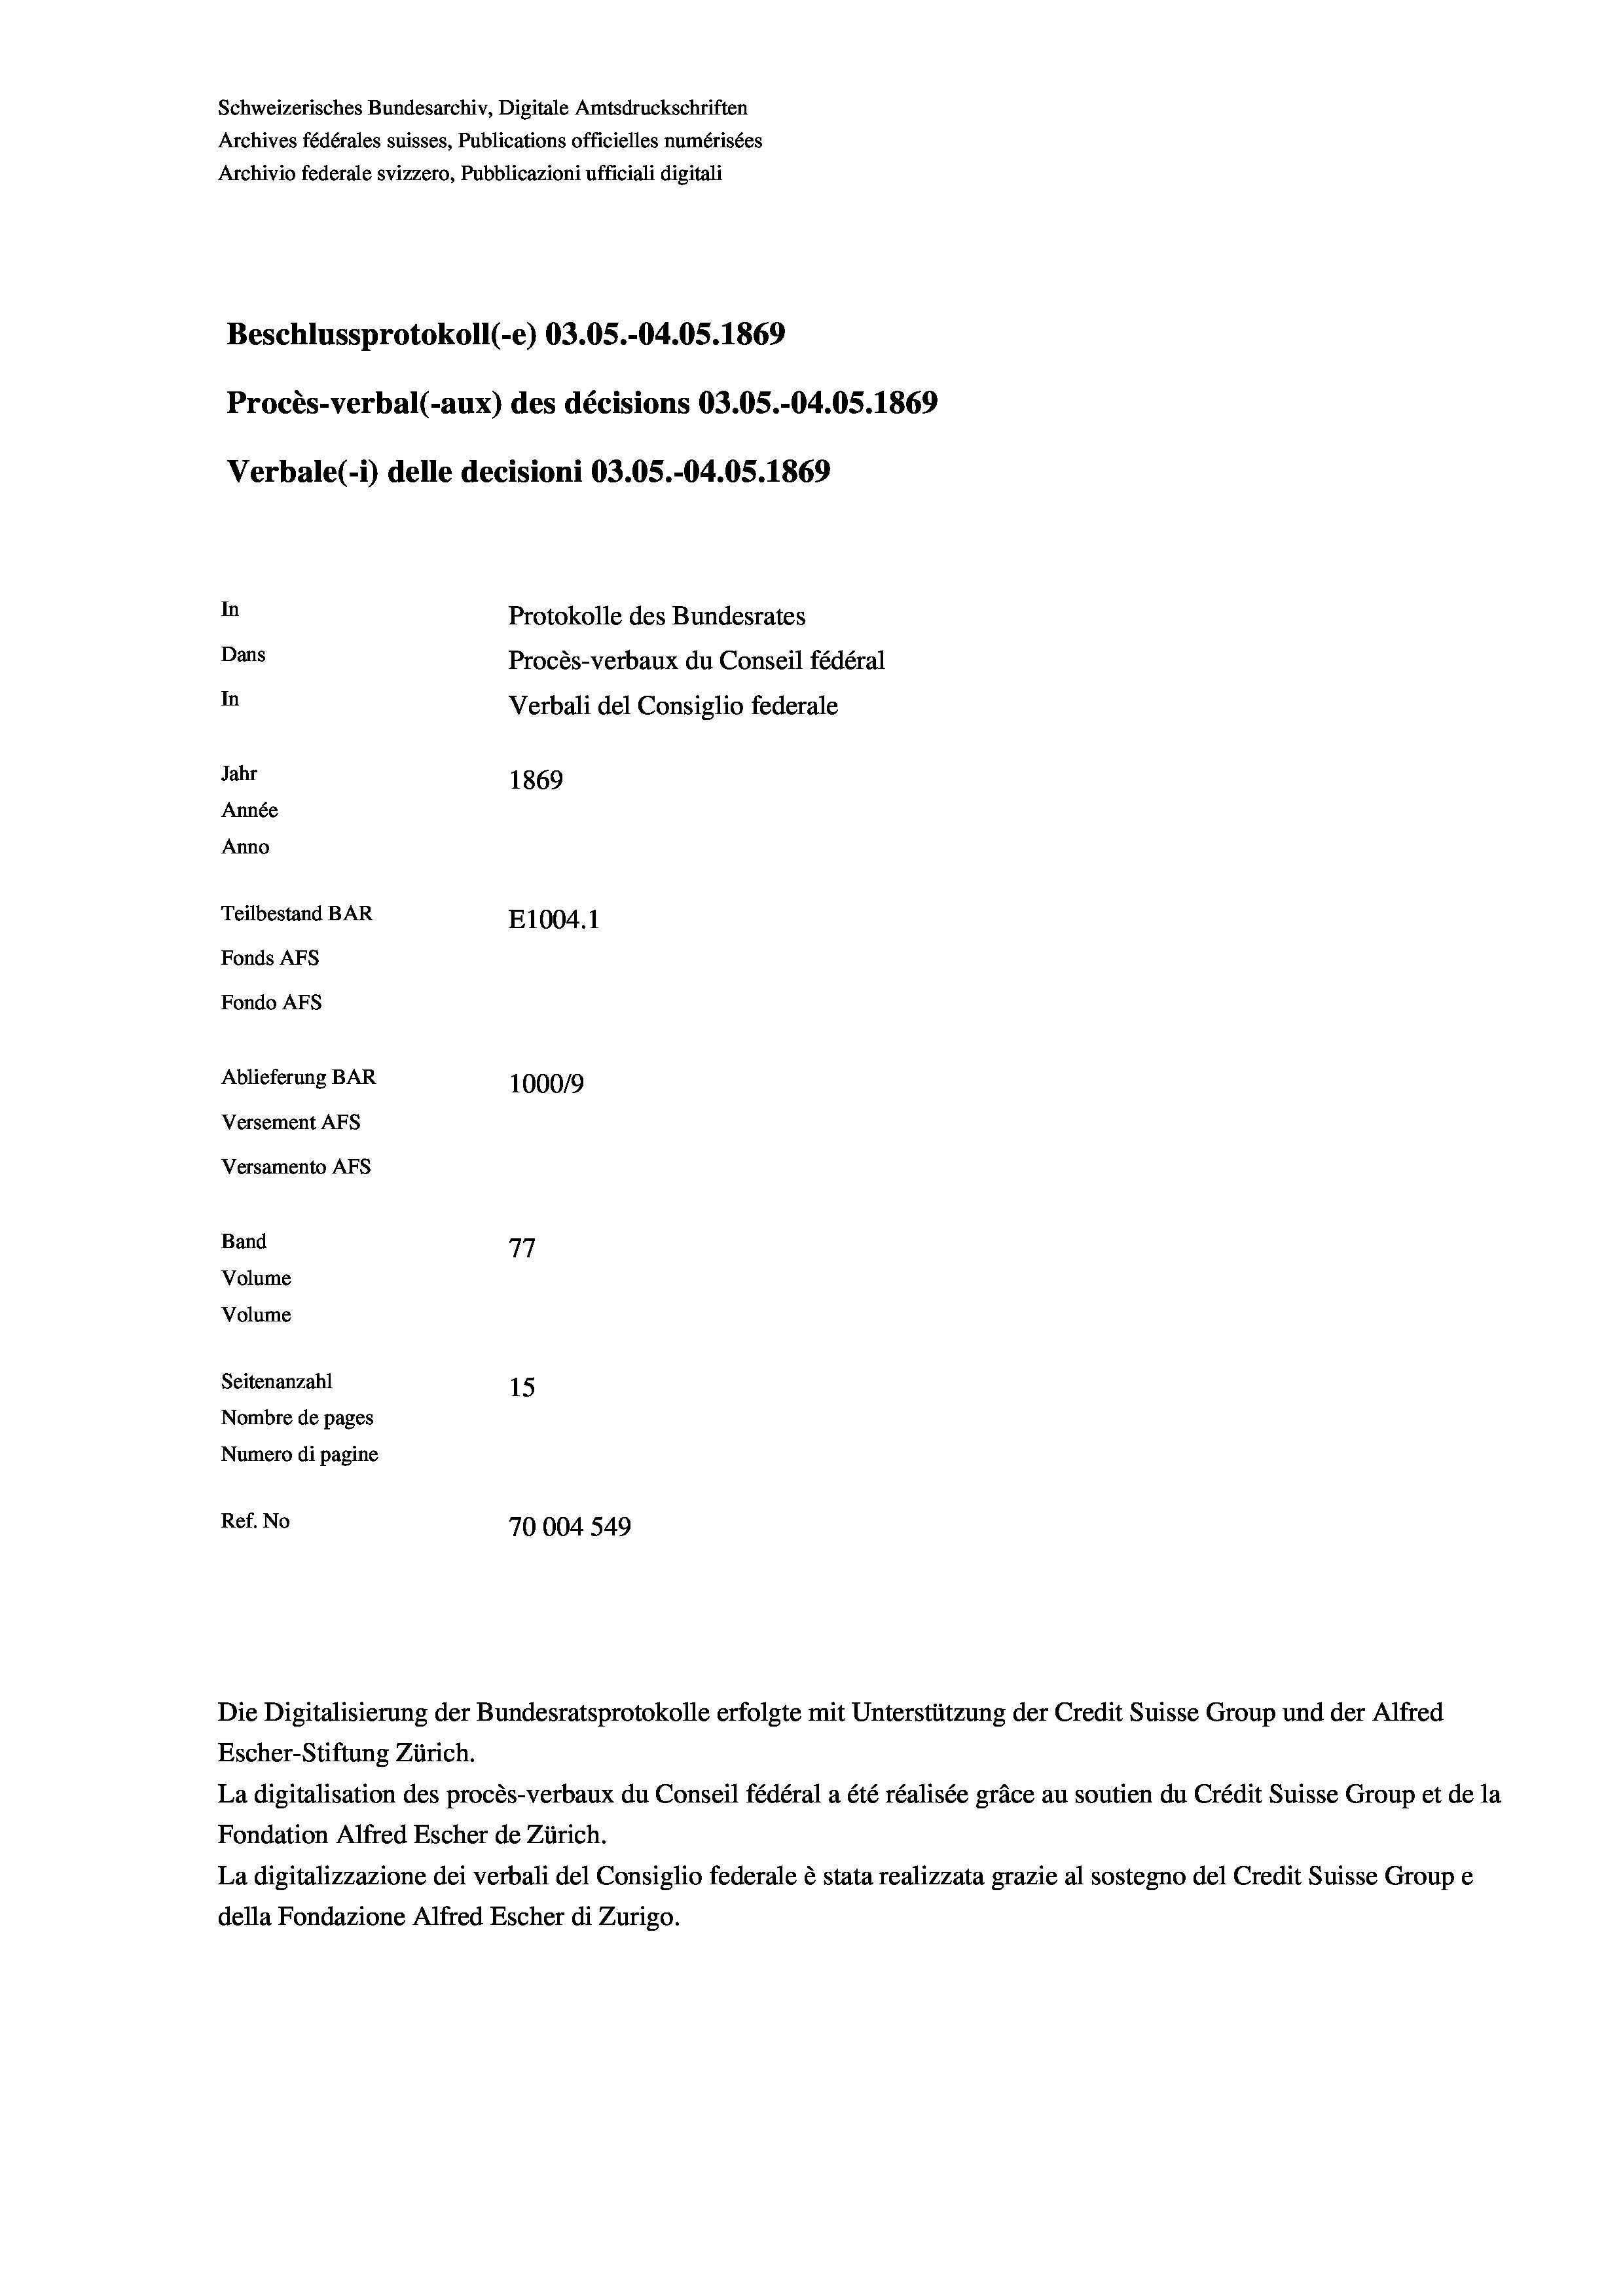
Schweizerisches Bundesarchiv, Digitale Amtsdruckschriften
Archives fédérales suisses, Publications officielles numérisées
Archivio federale svizzero, Pubblicazioni ufficiali digitali
Beschlussprotokoll (-e) 03.05.-04.05. 1869
Procès-verbal (-aux) des décisions 03.05.-04.05. 1869
Verbale (1) delle decisioni 03.05.-04.05. 1869
In
Protokolle des Bundesrates
Dans
Procès-verbaux du Conseil fédéral
In
Verbali del Consiglio federale
Jahr
1869
Année
Anno
Teilbestand BAR
E1004. 1
Fonds AFs
Fondo Afs
Ablieferung BAR
100019
Versement AFs
Versamento Afs
Band
77
Volume
Volume
Seitenanzahl
15
Nombre de pages
Numero di pagine
Ref. No
70004 549

Escher-Stiftung Zürich.
La digitalisation des procès-verbaux du Conseil fédéral a été réalisée gräce au soutien du Crédit Suisse Group et de la
Fondation Alfred Escher de Zürich.
La digitalizzazione dei verbali del Consiglio federale è stata realizzata grazie al sostegno del Credit Suisse Groupe
della Fondazione Alfred Escher di Zurigo.

Die Digitalisierung der Bundesratsprotokolle erfolgte mit Unterstützung der Credit Suisse Group und der Alfred